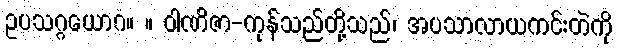
ဥပသဂ္ဂယောဂ။ ။ ဝါဏိဇာ-ကုန်သည်တို့သည်၊ အပသာလာယကင်းတဲကို